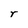
Character: r